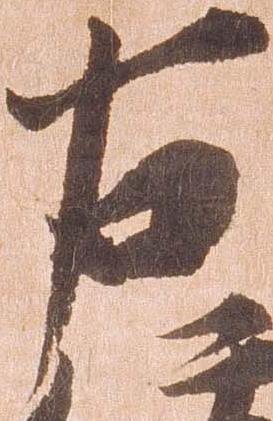
右